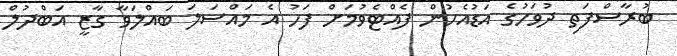
ބުރާސްފަތި ދުވަހުގެ އަޑުއެހުން ފެއްޓެވުމަށް ފަހު އެ މައްސަލަ ބައްލަވާ ގާޒީ އަބްދުލް